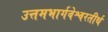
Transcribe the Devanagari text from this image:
उत्तमभार्गवेश्वरतीर्थ